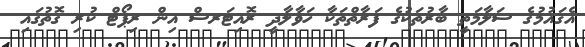
އެޤައުމުގެ ސަލާމަތީ ބާރުތަކުގެ ފަރާތްތަކާ ހަވާލާދީ ރޮއިޓަރސް އިން ރިޕޯޓް ކުރި ގޮތުގައި